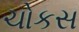
ચોકસ